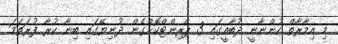
މި އިމާރާތް ހުންނާނީ ދުބާއީގައި 3 ޕްރިންޓްކޮށްގެން ދުނިޔޭގައި ބިނާ ކުރާ ފުރަތަމަ